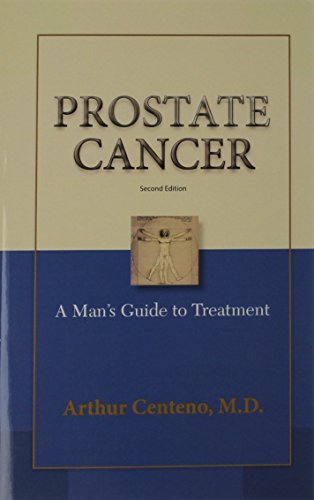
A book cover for Prostate Cancer: A Man's Guide to Treatment; Arthur Centeno MD; Health, Fitness & Dieting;